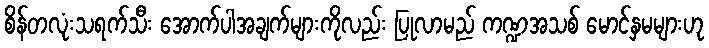
စိန်တလုံးသရက်သီး အောက်ပါအချက်များကိုလည်း ပြုလာမည် ကဏ္ဍအသစ် မောင်နှမများဟု